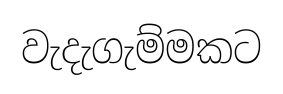
වැදැගැම්මකට